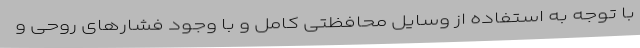
با توجه به استفاده از وسایل محافظتی کامل و با وجود فشارهای روحی و